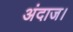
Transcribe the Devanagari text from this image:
अंदाज।